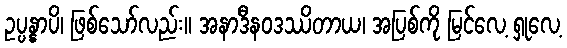
ဥပ္ပန္နာပိ၊ ဖြစ်သော်လည်း။ အနာဒီနဝဒဿိတာယ၊ အပြစ်ကို မြင်လေ့ ရှုလေ့